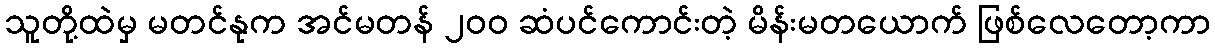
သူတို့ထဲမှ မတင်နုက အင်မတန် ၂၀၀ ဆံပင်ကောင်းတဲ့ မိန်းမတယောက် ဖြစ်လေတော့ကာ